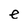
Character: e